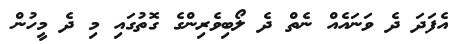
އެފަދަ ދެ ވަނައެއް ނެތް ދެ ލޯބިވެރިންގެ ގޮތުގައި މި ދެ މީހުން